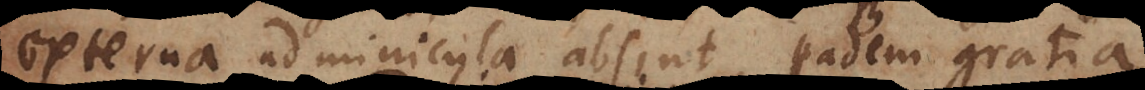
externa adminicula absint, eadem gratia